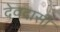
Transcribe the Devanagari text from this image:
देवदासीं